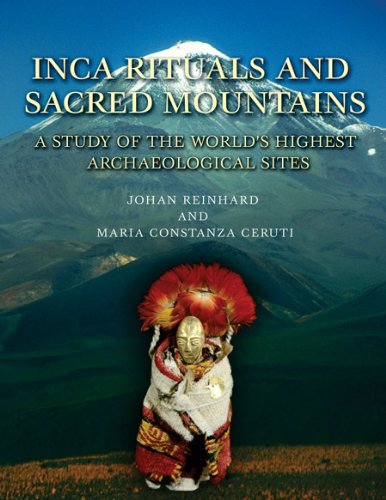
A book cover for Inca Rituals and Sacred Mountains: A Study of the World's Highest Archaeological Sites (Cotsen Monograph); Johan Reinhard; History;